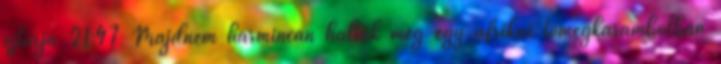
sztárja 21:47 Majdnem harmincan haltak meg egy afrikai tömegkarambolban